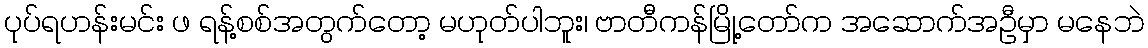
ပုပ်ရဟန်းမင်း ဖ ရန့်စစ်အတွက်တော့ မဟုတ်ပါဘူး၊ ဗာတီကန်မြို့တော်က အဆောက်အဦမှာ မနေဘဲ